Statistics compiled by the Government of India from the reports of provincial Civil Veterinary Departments
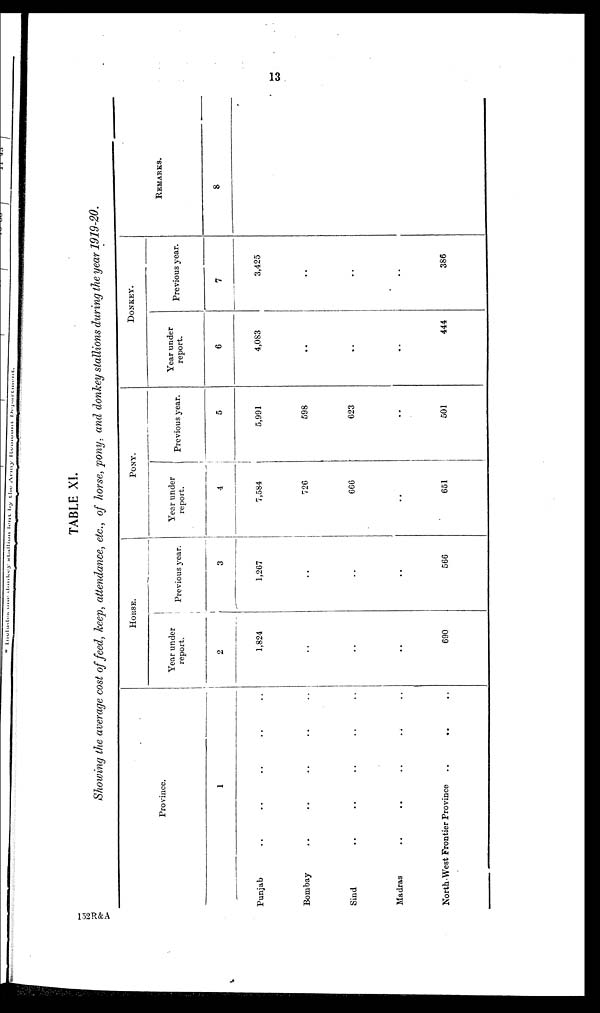
13
TABLE XI.
Showing the average cost of feed, keep, attendance, etc., of horse, pony, and donkey stallions during the year 1919-20.
Province.
1
Punjab
..
..
..
..
..
Bombay
..
..
..
..
..
Sind
..
..
..
..
..
Madras
..
..
..
..
..
North West Frontier Province
..
..
..
HORSE.
Year under
report.
2
1,824
..
..
..
690
Previous year.
3
1,267
..
..
..
566
PONY.
Year under
report.
4
7,584
726
666
..
651
Previous year.
5
5,991
598
623
..
501
DONKEY.
Year under
report.
6
4,083
..
..
..
444
Previous year.
7
3,425
..
..
..
386
REMARKS.
8
152R&A